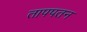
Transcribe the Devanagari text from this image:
तापपतन